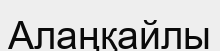
Алаңқайлы